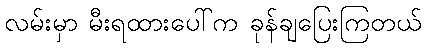
လမ်းမှာ မီးရထားပေါ်က ခုန်ချပြေးကြတယ်